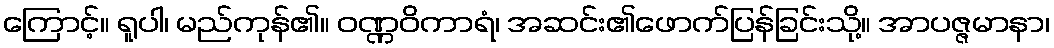
ကြောင့်။ ရူပါ၊ မည်ကုန်၏။ ဝဏ္ဏဝိကာရံ၊ အဆင်း၏ဖောက်ပြန်ခြင်းသို့။ အာပဇ္ဇမာနာ၊